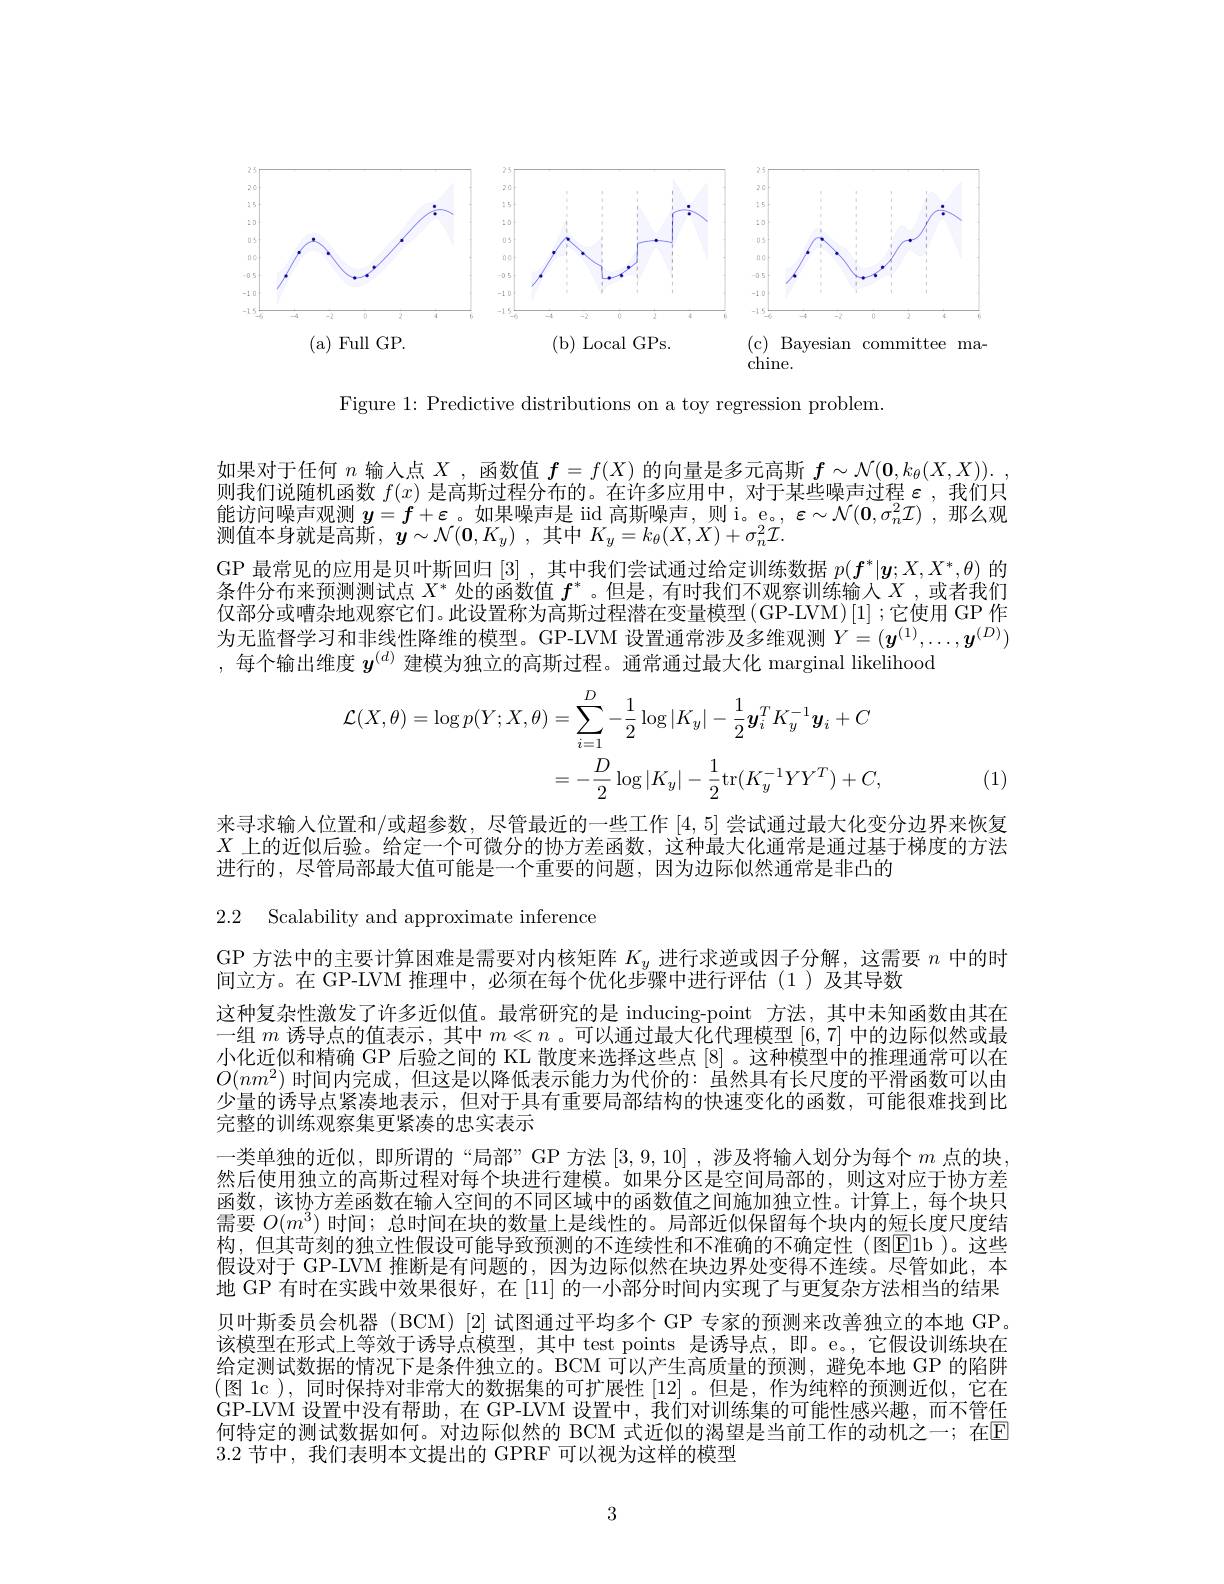
<FigureHere>

Figure 1: Predictive distributions on a toy regression problem.

如果对于任何$n$输入点$X$ ,函数值$f=f(X)$的向量是多元高斯$f\sim\mathcal{N}(\mathbf{0},k_\theta(X,X)).$ 则我们说随机函数 $f(x)$ 是高斯过程分布的。在许多应用中，对于某些噪声过程$\varepsilon$ ,我们只能访问噪声观测$y=f+\varepsilon$。如果噪声是 iid 高斯噪声，则 i。e。, $\varepsilon\sim\mathcal{N}(\mathbf{0},\sigma_n^2\mathcal{I})$ ,那么观测值本身就是高斯，$\bar{\boldsymbol{y}} \sim \mathcal{N} ( \mathbf{0} , K_{y})$ ,其中$K_y=k_\theta(X,X)+\sigma_n^2\mathcal{I}.$
GP 最常见的应用是贝叶斯回归[3] ,其中我们尝试通过给定训练数据$p(f^*|\boldsymbol{y};X,X^*,\theta)$的条件分布来预测测试点$X^*$处的函数值$f^*$ 。但是 ,有时我们不观察训练输入$X$ ,或者我们仅部分或嘈杂地观察它们。此设置称为高斯过程潜在变量模型(GP-LVM)[1];它使用 GP 作为无监督学习和非线性降维的模型。GP-LVM 设置通常涉及多维观测$Y=(\boldsymbol{y}^{(1)},\ldots,\boldsymbol{y}^{(D)})$ ,每个输出维度$y^{(d)}$建模为独立的高斯过程。通常通过最大化 marginal likelihood
$$\begin{aligned}\mathcal{L}(X,\theta)=\log p(Y;X,\theta)&=\sum_{i=1}^{D}-\frac{1}{2}\log|K_{y}|-\frac{1}{2}\boldsymbol{y}_{i}^{T}K_{y}^{-1}\boldsymbol{y}_{i}+C\\&=-\frac{D}{2}\log|K_{y}|-\frac{1}{2}\mathrm{tr}(K_{y}^{-1}YY^{T})+C,\end{aligned}$$
, (1)

来寻求输入位置和/或超参数，尽管最近的一些工作[4,5]尝试通过最大化变分边界来恢复$X$上的近似后验。给定一个可微分的协方差函数，这种最大化通常是通过基于梯度的方法进行的，尽管局部最大值可能是一个重要的问题，因为边际似然通常是非凸的

2.2 Scalability and approximate inference

GP 方法中的主要计算困难是需要对内核矩阵$K_y$进行求逆或因子分解，这需要$n$中的时
间立方。在 GP-LVM 推理中，必须在每个优化步骤中进行评估(1)及其导数
这种复杂性激发了许多近似值。最常研究的是 inducing-point 方法，其中未知函数由其在一组$m$诱导点的值表示，其中$m\ll n$ 。可以通过最大化代理模型[6,7]中的边际似然或最小化近似和精确 GP 后验之间的 KL 散度来选择这些点[8] 。这种模型中的推理通常可以在$O(nm^2)$时间内完成，但这是以降低表示能力为代价的：虽然具有长尺度的平滑函数可以由少量的诱导点紧凑地表示，但对于具有重要局部结构的快速变化的函数，可能很难找到比完整的训练观察集更紧凑的忠实表示
一类单独的近似，即所谓的“局部”GP 方法[3,9,10] ,涉及将输人划分为每个$m$点的块然后使用独立的高斯过程对每个块进行建模。如果分区是空间局部的，则这对应于协方差函数，该协方差函数在输人空间的不同区域中的函数值之间施加独立性。计算上，每个块只需要$O(m^3)$时间；总时间在块的数量上是线性的。局部近似保留每个块内的短长度尺度结构，但其苛刻的独立性假设可能导致预测的不连续性和不准确的不确定性(图$\overline{\mathrm{E}}$1b )。这些假设对于 GP-LVM 推断是有问题的，因为边际似然在块边界处变得不连续。尽管如此，本地 GP 有时在实践中效果很好，在 [11] 的一小部分时间内实现了与更复杂方法相当的结果贝叶斯委员会机器 (BCM) [2] 试图通过平均多个 GP 专家的预测来改善独立的本地 GP。该模型在形式上等效于诱导点模型，其中 test points 是诱导点，即。e。,它假设训练块在给定测试数据的情况下是条件独立的。BCM 可以产生高质量的预测，避免本地 GP 的陷阱(图 1c ), 同时保持对非常大的数据集的可扩展性 [12]。但是，作为纯粹的预测近似，它在GP-LVM 设置中没有帮助，在 GP-LVM 设置中，我们对训练集的可能性感兴趣，而不管任何特定的测试数据如何。对边际似然的 BCM 式近似的渴望是当前工作的动机之一；在E 3.2节中，我们表明本文提出的 GPRF 可以视为这样的模型

3